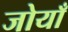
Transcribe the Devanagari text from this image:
जोयाँ